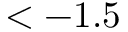
< - 1 . 5